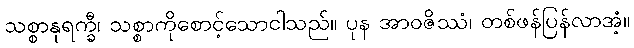
သစ္စာနုရက္ခီ၊ သစ္စာကိုစောင့်သောငါသည်။ ပုန အာဝဇိဿံ၊ တစ်ဖန်ပြန်လာအံ့။